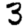
Digit: 3